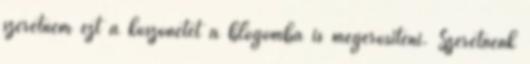
szeretném ezt a köszönetet a blogomba is megerősíteni. Szeretnénk